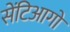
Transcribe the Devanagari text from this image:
सेंटिआगो